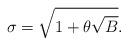
LaTeX: \begin{align*}\sigma=\sqrt{1+\theta\sqrt{B}}.\end{align*}